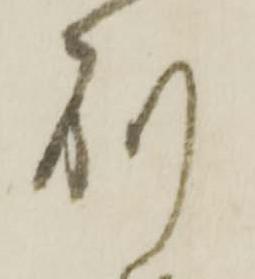
別